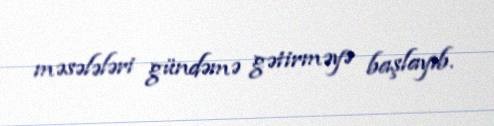
məsələləri gündəmə gətirməyə başlayıb.